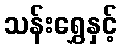
သန်းရွှေနှင့်